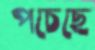
পচেছে